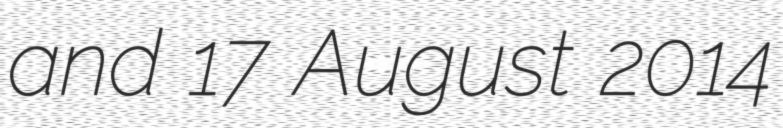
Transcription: and 17 August 2014